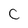
Character: c